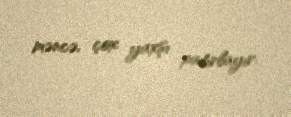
məncə, çox yaxşı xatırlayır.